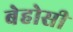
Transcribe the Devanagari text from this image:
बेहोसी